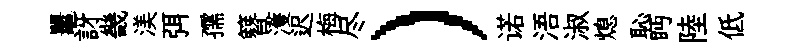
鼉訝畿渼弭孺簪濩迟梅尽）诺浯淑熄恥眄陸低